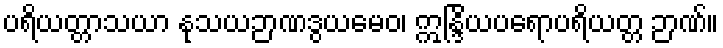
ပရိယတ္တာသယာ နုသယဉာဏဒွယမေဝ၊ ဣန္ဒြိယပရောပရိယတ္တ ဉာဏ်။